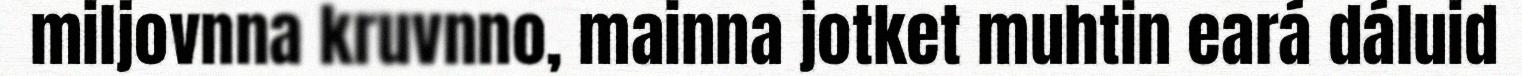
miljovnna kruvnno, mainna jotket muhtin eará dáluid